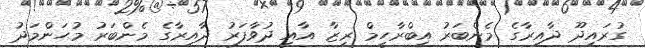
ގުރައިދޫ ދާއިރާގެ މެންބަރު އިބްރާހީމް ރިޒާ އާއި ދުވާފަރު ދާއިރާގެ މެންބަރު މުޙަންމަދު